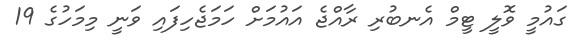
ގައުމީ ވޮލީ ޓީމް އެނބުރި ރާއްޖެ އައުމަށް ހަމަޖެހިފައި ވަނީ މިމަހުގެ 19